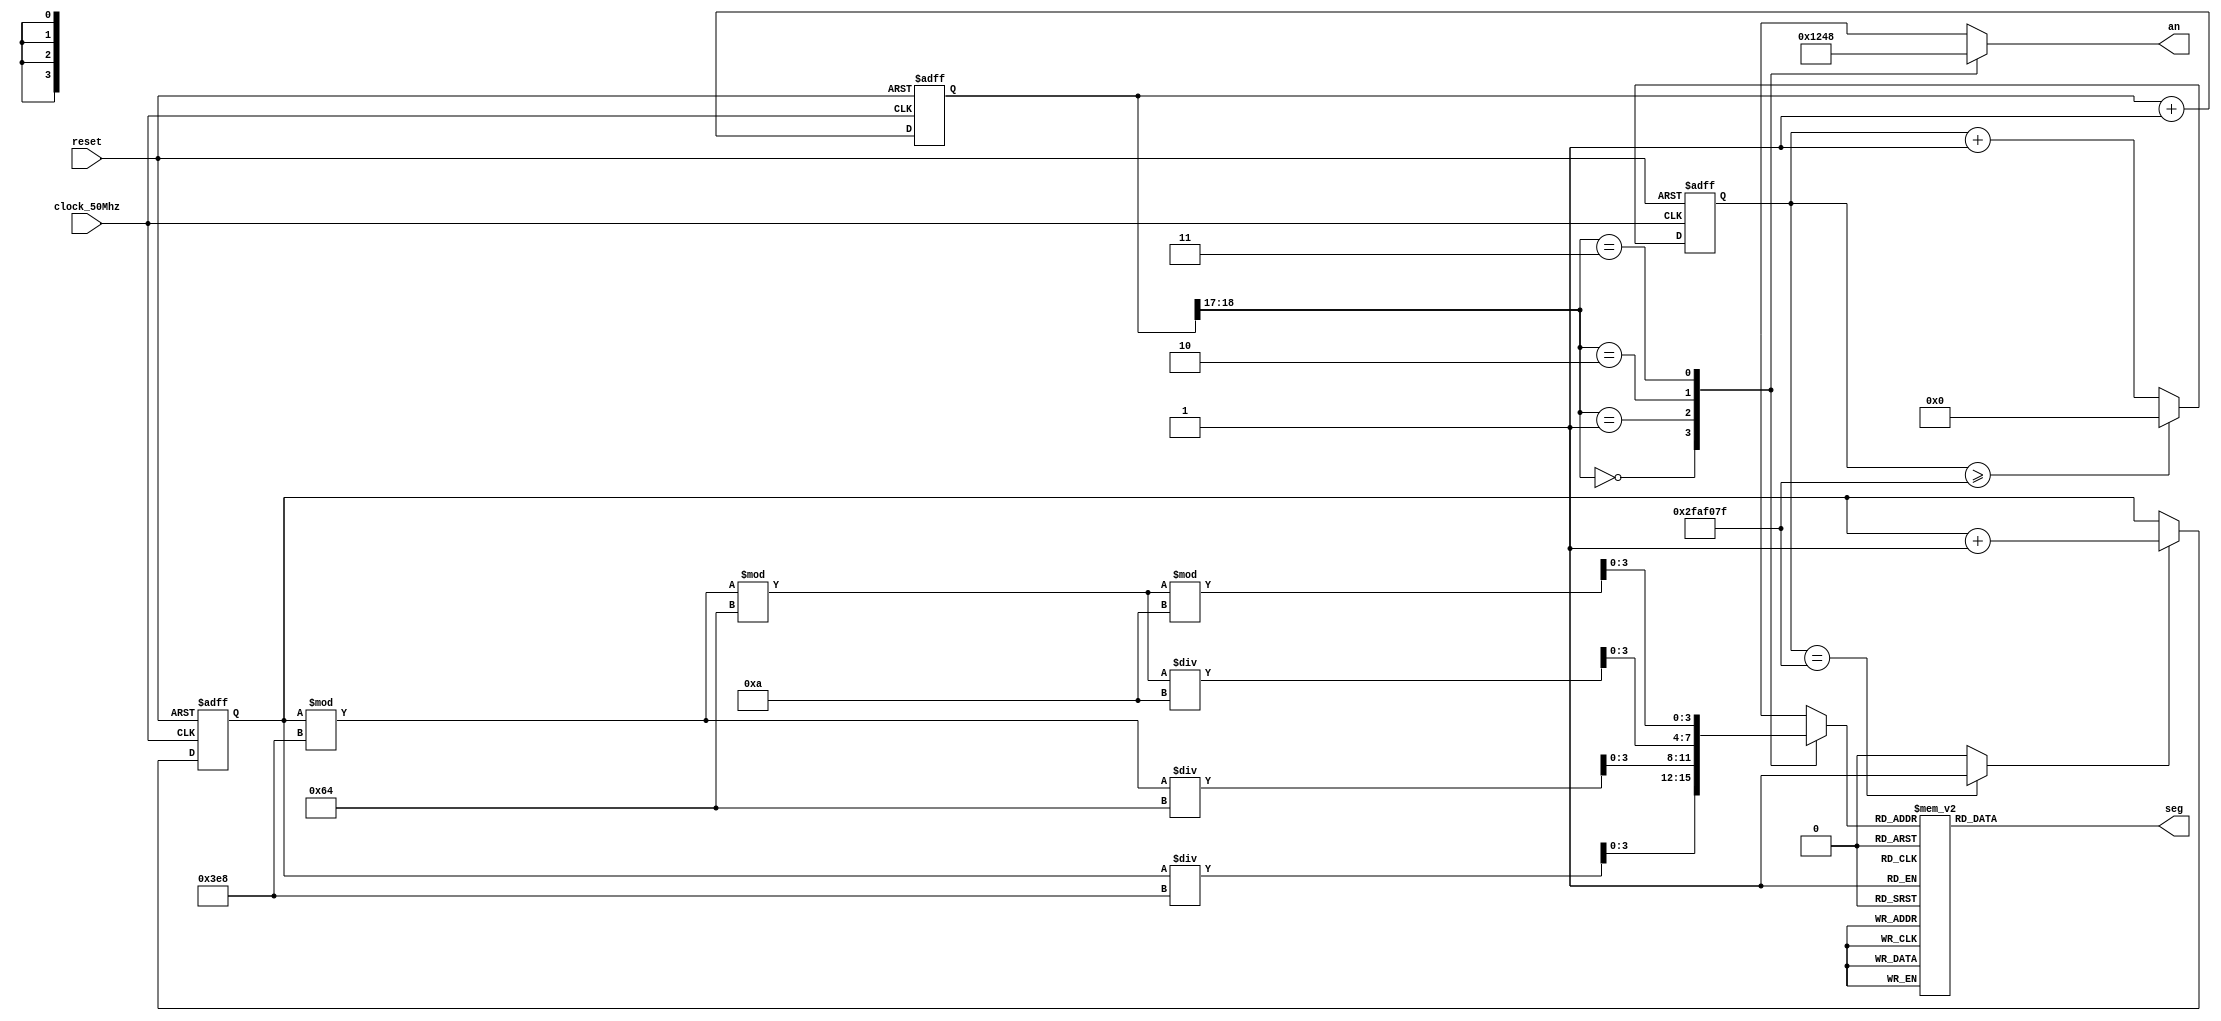

module sevensegment(
    input clock_50Mhz, // 50 Mhz clock source cyclone III
    input reset, // reset   
    output reg [0:3] an, // anode signals of the 7-segment LED display
    output reg [6:0] seg// cathode patterns of the 7-segment LED display
    );
    reg [25:0] one_second_counter; // counter for generating 1 second clock enable
    wire one_second_enable;// one second enable for counting numbers
    reg [15:0] displayed_number; // counting number to be displayed
    reg [3:0] LED_BCD;
    reg [18:0] refresh_counter; // 19-bit for creating 10.5ms refresh period 
             // the first 2 MSB bits for creating 4 LED-activating signals with 2.6ms an period
    wire [1:0] LED_activating_counter;
                 // count     0    ->  1  ->  2  ->  3
              // activates    LED1    LED2   LED3   LED4
             // and repeat
    always @(posedge clock_50Mhz or negedge reset)
    begin
        if(!reset)
            one_second_counter <= 0;
        else begin
            if(one_second_counter>=49999999)
                 one_second_counter <= 0;
            else
                one_second_counter <= one_second_counter + 1;
        end
    end
    assign one_second_enable = (one_second_counter==49999999)?1:0;
    always @(posedge clock_50Mhz or negedge reset)
    begin
        if(!reset)
            displayed_number <= 0;
        else if(one_second_enable==1)
            displayed_number <= displayed_number + 1;
    end
    always @(posedge clock_50Mhz or negedge reset)
    begin
        if(!reset)
            refresh_counter <= 0;
        else
            refresh_counter <= refresh_counter + 1;
    end
    assign LED_activating_counter = refresh_counter[18:17];
    // anode activating signals for 4 LEDs, an period of 2.6ms
    // decoder to generate anode signals
    always @(*)
    begin
        case(LED_activating_counter)
        2'b00: begin
            an = 4'b0001;
            // activate LED1 and Deactivate LED2, LED3, LED4
            LED_BCD = displayed_number/1000;
            // the first an of the 16-bit number
              end
        2'b01: begin
            an = 4'b0010;
            // activate LED2 and Deactivate LED1, LED3, LED4
            LED_BCD = (displayed_number % 1000)/100;
            // the second an of the 16-bit number
              end
        2'b10: begin
            an = 4'b0100;
            // activate LED3 and Deactivate LED2, LED1, LED4
            LED_BCD = ((displayed_number % 1000)%100)/10;
            // the third an of the 16-bit number
                end
        2'b11: begin
            an = 4'b1000;
            // activate LED4 and Deactivate LED2, LED3, LED1
            LED_BCD = ((displayed_number % 1000)%100)%10;
            // the fourth an of the 16-bit number   
               end
        endcase
    end
    // Cathode patterns of the 7-segment LED display
    always @(*)
    begin
        case(LED_BCD)
        4'b0000: seg = 7'b0000001; // "0"    
        4'b0001: seg = 7'b1001111; // "1"
        4'b0010: seg = 7'b0010010; // "2"
        4'b0011: seg = 7'b0000110; // "3"
        4'b0100: seg = 7'b1001100; // "4"
        4'b0101: seg = 7'b0100100; // "5"
        4'b0110: seg = 7'b0100000; // "6"
        4'b0111: seg = 7'b0001111; // "7"
        4'b1000: seg = 7'b0000000; // "8"    
        4'b1001: seg = 7'b0000100; // "9"
        default: seg = 7'b0000001; // "0"
        endcase
    end
endmodule